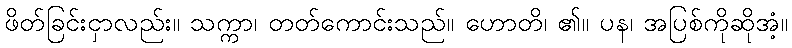
ဖိတ်ခြင်းငှာလည်း။ သက္ကာ၊ တတ်ကောင်းသည်။ ဟောတိ၊ ၏။ ပန၊ အပြစ်ကိုဆိုအံ့။